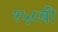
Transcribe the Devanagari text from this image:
१५८वीं